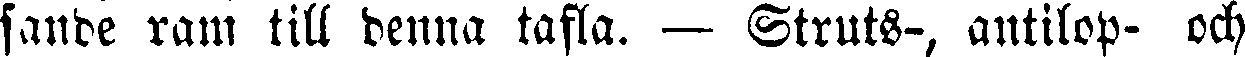
sande ram till denna tafla. — Struts-, antilop- och